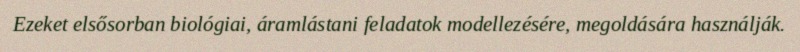
Ezeket elsősorban biológiai, áramlástani feladatok modellezésére, megoldására használják.